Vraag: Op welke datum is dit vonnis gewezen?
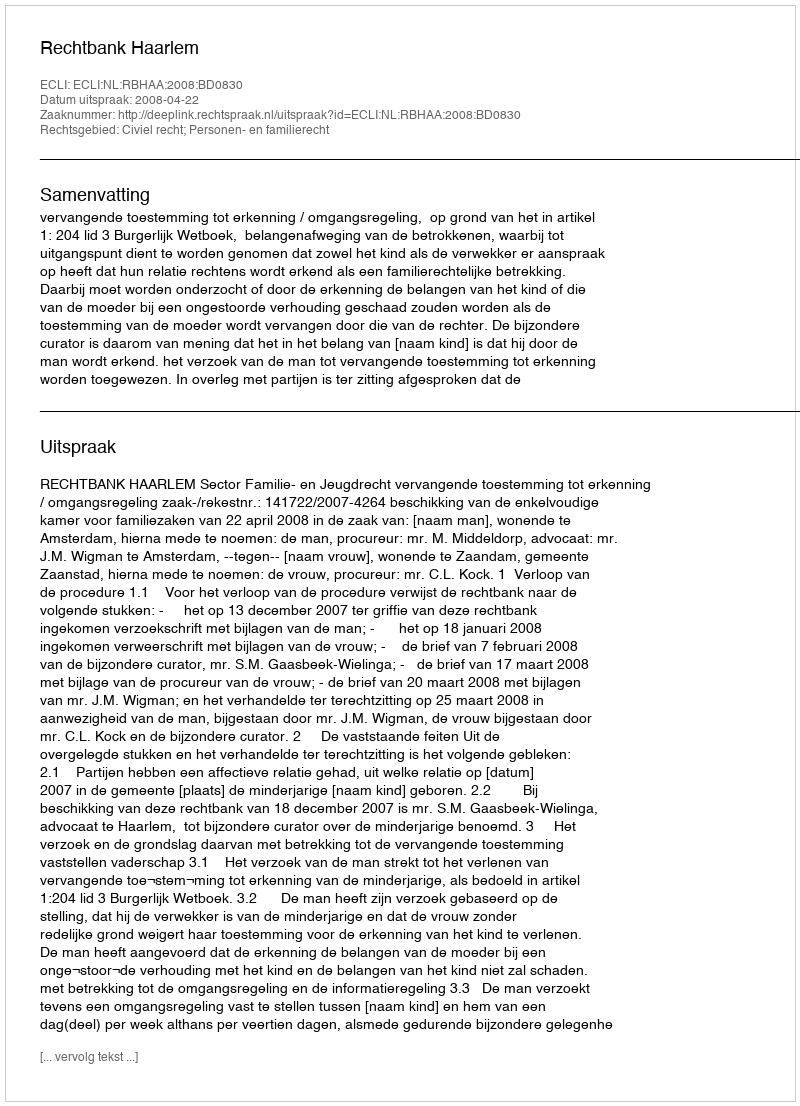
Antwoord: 2008-04-22